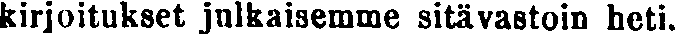
kirjoitukset julkaisemme sitävastoin heti.